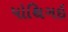
પોથિગઇ